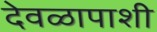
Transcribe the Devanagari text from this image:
देवळापाशी